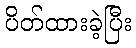
ပိတ်ထားခဲ့ပြီး